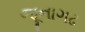
જૂનાગઢ